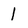
Character: 1